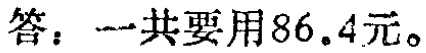
答：一共要用86.4元。